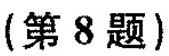
(第8题)